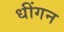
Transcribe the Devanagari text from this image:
धींगन